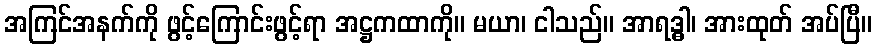
အကြင်အနက်ကို ဖွင့်ကြောင်းဖွင့်ရာ အဋ္ဌကထာကို။ မယာ၊ ငါသည်။ အာရဒ္ဓါ၊ အားထုတ် အပ်ပြီ။